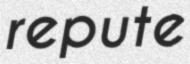
repute